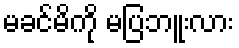
မခင်မိကို မပြဘူးလား